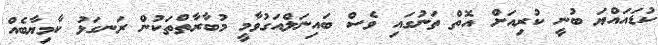
ކުޑައައްޔަ ބުނީ ކުރިއަށް އޮތް ތަނުގައި ވެސް ބައިނަލްއަގުވާމީ މުބާރާތްތަކުން ރަނގަޅު ކާމިޔާބެއް